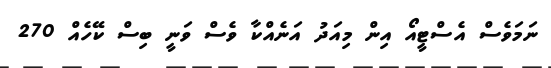
ނަމަވެސް އެސްޓީއޯ އިން މިއަދު އަނެއްކާ ވެސް ވަނީ ބިސް ކޭހެއް 270